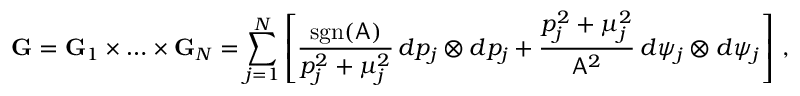
\mathbf { G } = \mathbf { G } _ { 1 } \times \hdots \times \mathbf { G } _ { N } = \sum _ { j = 1 } ^ { N } \left[ \frac { \mathrm { s g n } ( \mathsf { A } ) } { p _ { j } ^ { 2 } + \mu _ { j } ^ { 2 } } \, d p _ { j } \otimes d p _ { j } + \frac { p _ { j } ^ { 2 } + \mu _ { j } ^ { 2 } } { \mathsf { A } ^ { 2 } } \, d \psi _ { j } \otimes d \psi _ { j } \right] \, ,